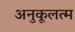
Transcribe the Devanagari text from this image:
अनुकूलत्म